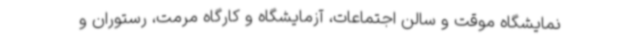
نمایشگاه موقت و سالن اجتماعات، آزمایشگاه و کارگاه مرمت، رستوران و